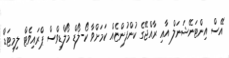
އޭސް އިންޓަނޭޝަނަލް އާއި ރާއްޖޭގެ ކުންފުންޏެއް ކަމަށްވާ ކޯ-ލޯޑް މޯލްޑިވްސް ޕްރައިވެޓް ލިމިޓަޑް